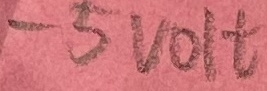
Text: -5VOLT